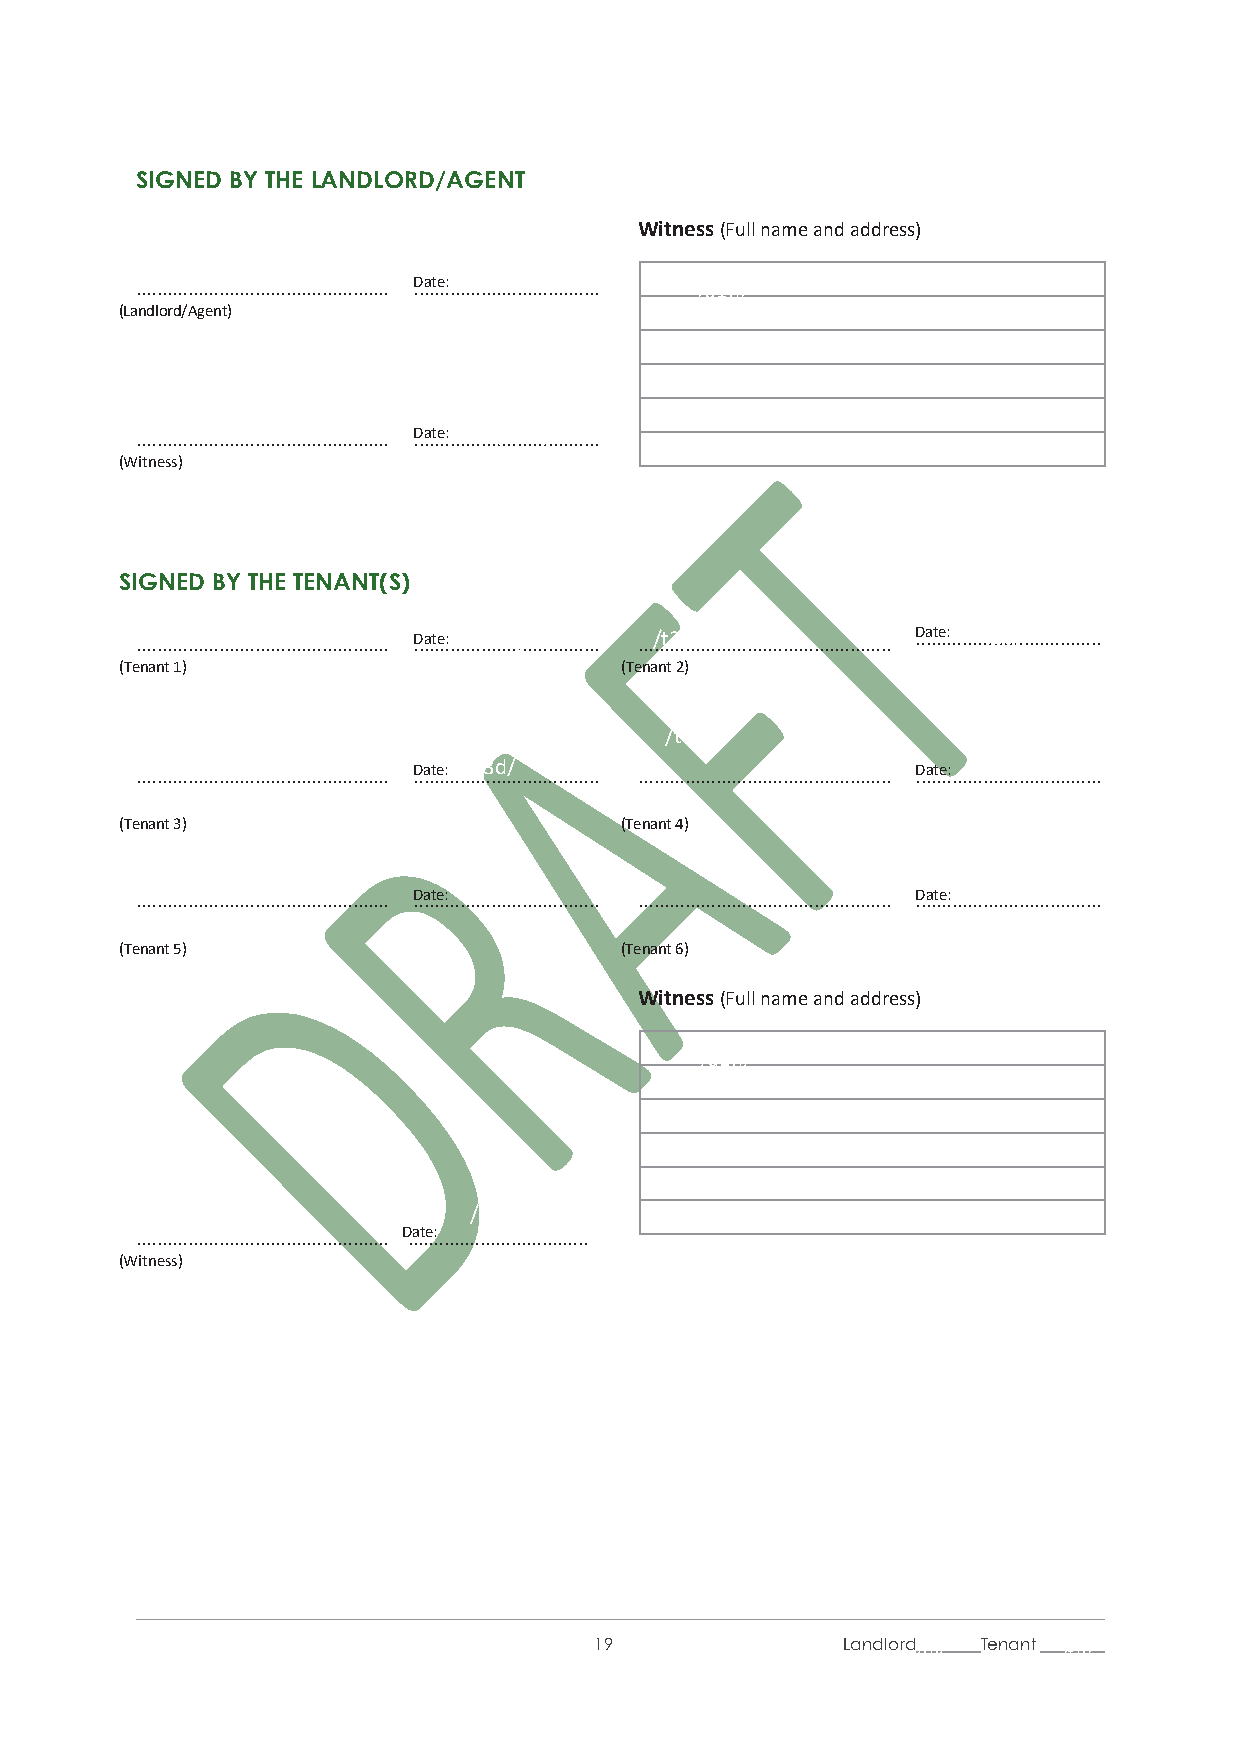
SIGNED BY THE LANDLORD/AGENT
 Witness (Full name and address)
 /l1s/
 /l1d/
 ................................................. .D.a..t.e..:............................. /a1n/
 (Landlord/Agent)
 ...../ ..a ..1 ..s ../ .. .................................. .D.a..t.e..:........../..a..1..d.../. .........
 (Witness)
 SIGNED BY THE TENANT(S)
 ...../ ..t .1 ..s ../ .. ................................... .D.a..t.e..:....../..t.1...d../.. ............. .../ ..t ..2 ..s ../ . ..................................... .D.a..t.e..:...../..t.2...d../.. ..............
 (Tenant 1)                       (Tenant 2)
 /t4s/
 /t4d/
 ..../ ..t ..3 ..s ../ . .................................... .D.a..t.e..:..../ ..t .3 ..d .../ . ................ ................................................. .D.a..t.e..:.............................
 (Tenant 3)                       (Tenant 4)
 ................................................. .D.a..t.e..:............................. ................................................. .D.a..t.e..:.............................
 (Tenant 5)                       (Tenant 6)
 Witness (Full name and address)
 /a1n/
 /a1s/                 /a1d/
 ................................................. D.a..t.e..:.............................
 (Witness)
 19               Landlord / l1i/ Tenant /t1i/